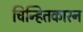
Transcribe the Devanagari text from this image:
चिन्हितकारन